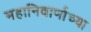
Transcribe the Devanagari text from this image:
महानिवार्णाच्या